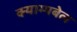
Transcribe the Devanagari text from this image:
क्याम्पबेल